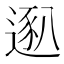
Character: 𫐴